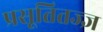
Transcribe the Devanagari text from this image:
प्रसूतितज्‍ज्ञ